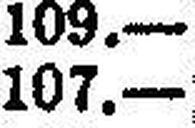
107.—